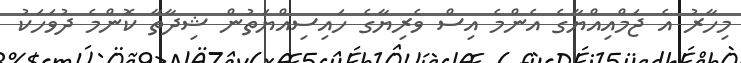
މިހާރު އެ ޖަމްއިއްޔާގެ އެންމެ އިސް ވެރިޔާގެ ހައިސިއްޔަތުން ޝިދާތާ ކޮންމެ ދުވަހަކު